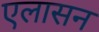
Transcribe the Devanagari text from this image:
एलासन